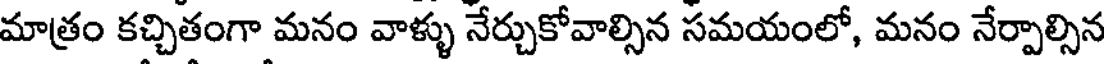
మాత్రం కచ్చితంగా మనం వాళ్ళు నేర్చుకోవాల్సిన సమయంలో, మనం నేర్పాల్సిన